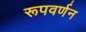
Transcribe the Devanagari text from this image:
रूपवर्णन